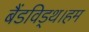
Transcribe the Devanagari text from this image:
बैंडविड्थ।हम